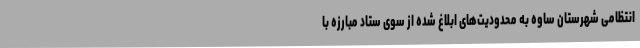
انتظامی شهرستان ساوه به محدودیت‌های ابلاغ شده از سوی ستاد مبارزه با